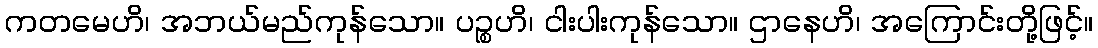
ကတမေဟိ၊ အဘယ်မည်ကုန်သော။ ပဉ္စဟိ၊ ငါးပါးကုန်သော။ ဌာနေဟိ၊ အကြောင်းတို့ဖြင့်။